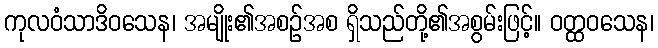
ကုလဝံသာဒိဝသေန၊ အမျိုး၏အစဉ်အစ ရှိသည်တို့၏အစွမ်းဖြင့်။ ဝတ္ထဝသေန၊